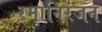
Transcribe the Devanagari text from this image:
रमानिरंजन